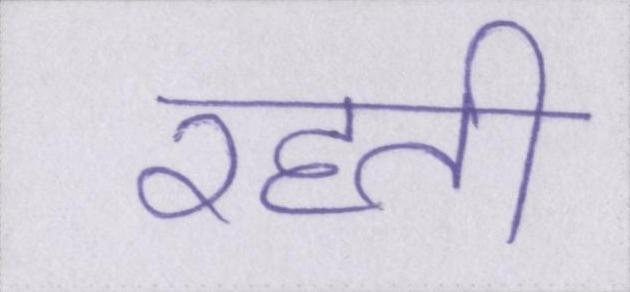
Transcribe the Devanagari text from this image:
रहती